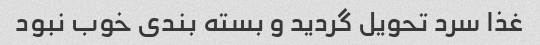
غذا سرد تحویل گردید و بسته بندی خوب نبود